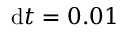
\mathrm { d } t = 0 . 0 1